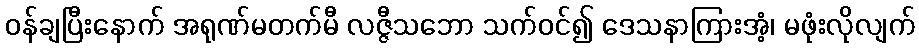
ဝန်ချပြီးနောက် အရုဏ်မတက်မီ လဇ္ဇီသဘော သက်ဝင်၍ ဒေသနာကြားအံ့၊ မဖုံးလိုလျက်